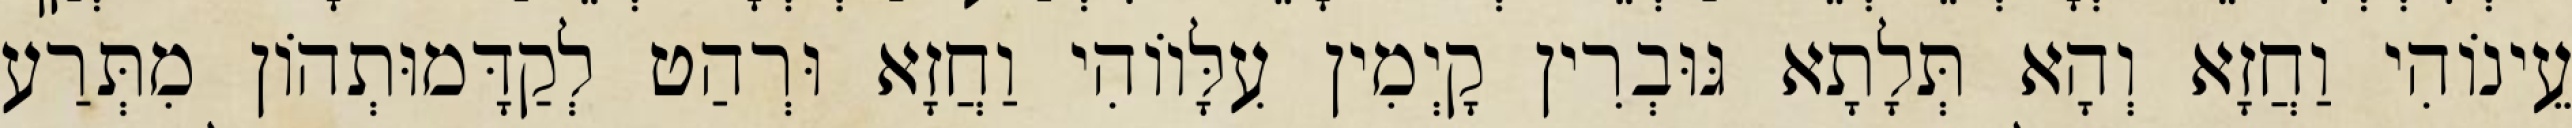
עֵינוֹהִי וַחֲזָא וְהָא תְּלָתָא גּוּבְרִין קָיְמִין עִלָּווֹהִי וַחֲזָא וּרְהַט לְקַדָּמוּתְהוֹן מִתְּרַע